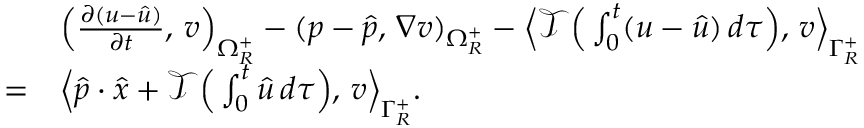
\begin{array} { r } { \begin{array} { r l } & { \Big ( \frac { \partial ( u - \hat { u } ) } { \partial t } , \, v \Big ) _ { \Omega _ { R } ^ { + } } - ( p - \hat { p } , \, \nabla v ) _ { \Omega _ { R } ^ { + } } - \Big \langle \mathscr { T } \Big ( \int _ { 0 } ^ { t } ( u - \hat { u } ) \, d \tau \Big ) , \, v \Big \rangle _ { \Gamma _ { R } ^ { + } } } \\ { = } & { \Big \langle \hat { p } \cdot \hat { x } + \mathscr { T } \Big ( \int _ { 0 } ^ { t } \hat { u } \, d \tau \Big ) , \, v \Big \rangle _ { \Gamma _ { R } ^ { + } } . } \end{array} } \end{array}